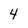
Character: 4